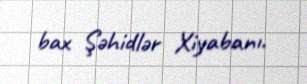
bax Şəhidlər Xiyabanı.